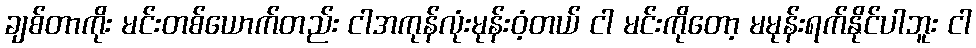
ချစ်တာကိုး မင်းတစ်ယောက်တည်း ငါအကုန်လုံးမုန်းဝံ့တယ် ငါ မင်းကိုတော့ မမုန်းရက်နိုင်ပါဘူး ငါ